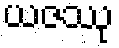
ယဇဿု